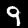
Digit: 9